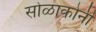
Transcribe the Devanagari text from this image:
सोळाकोनी